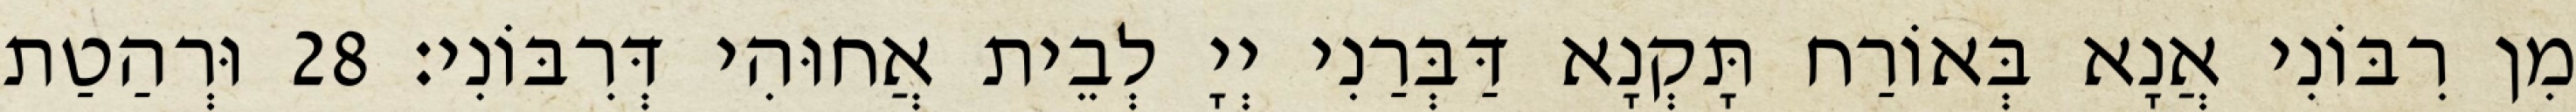
מִן רִבּוֹנִי אֲנָא בְּאוֹרַח תָּקְנָא דַּבְּרַנִי יְיָ לְבֵית אֲחוּהִי דְּרִבּוֹנִי׃ 28 וּרְהַטַת